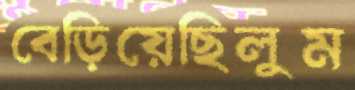
বেড়িয়েছিলুম